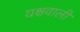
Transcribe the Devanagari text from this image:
यक्षवाली